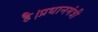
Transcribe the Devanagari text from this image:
है।प्रधानमंत्री